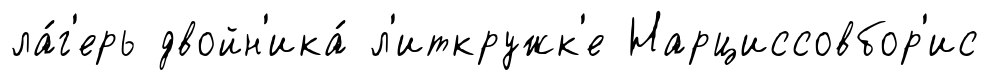
ла́г'ерь двойн'ика́ л'иткружк'е Нарциссовбор'ис